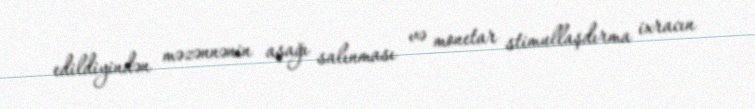
edildiyindən məzənnənin aşağı salınması və monetar stimullaşdırma ixracın